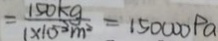
= \frac { 1 5 0 k g } { 1 \times 1 0 ^ { 3 } m ^ { 2 } } = 1 5 0 0 0 0 P a